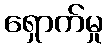
ရှောက်မှု